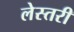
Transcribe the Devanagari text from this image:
लेस्तरी